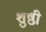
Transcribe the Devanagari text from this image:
शुष्ठी